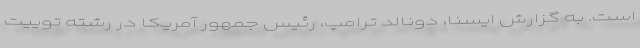
است. به گزارش ایسنا، دونالد ترامپ، رئیس جمهور آمریکا در رشته توییت